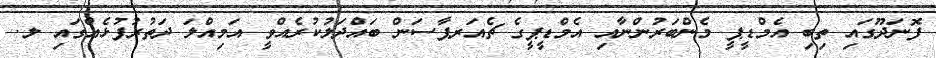
ފޮނަދޫގައި ތިބި އެމްޑީޕީ މެންބަރުންނާއި އެމްޑީޕީގެ ޗެއަރޕާސަން ބައްދަލުކުރެއްވީ އަމިއްލަ ދަތުރުފުޅެއްގައި ލ.